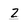
Character: Z